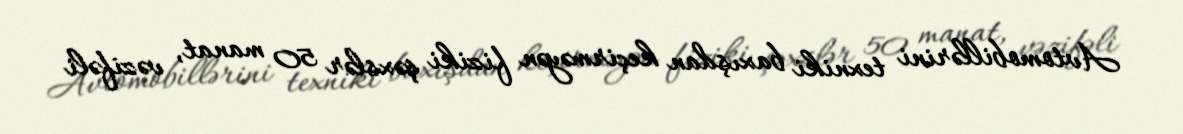
Avtomobillərini texniki baxışdan keçirməyən fiziki şəxslər 50 manat, vəzifəli